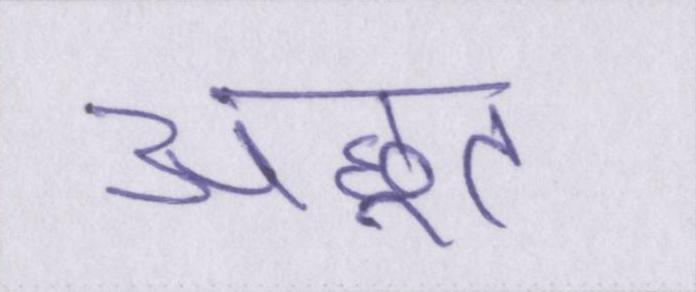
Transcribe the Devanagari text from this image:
अछूत